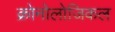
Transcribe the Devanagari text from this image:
क्रोनोलोजिकल